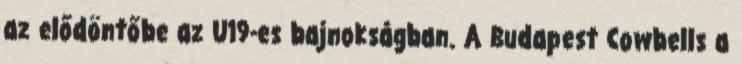
az elődöntőbe az U19-es bajnokságban. A Budapest Cowbells a